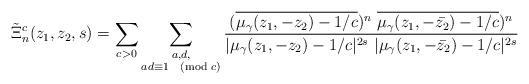
LaTeX: \begin{align*}\tilde{\Xi}_n^{c}(z_1,z_2, s)=\sum_{c> 0}\sum_{\substack{a,d,\\ad \equiv 1 \pmod c}}\frac{(\overline{\mu_{\gamma}(z_1,-z_2)-1/c})^n~ \overline{\mu_{\gamma}(z_1,-\bar{z_2})-1/c})^n}{|\mu_{\gamma}(z_1,-z_2)-1/c|^{2s}~ |\mu_{\gamma}(z_1,-\bar{z_2})-1/c|^{2s}}\end{align*}